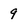
Character: 9